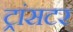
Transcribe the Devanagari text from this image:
ट्रांसटर